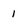
Character: 1